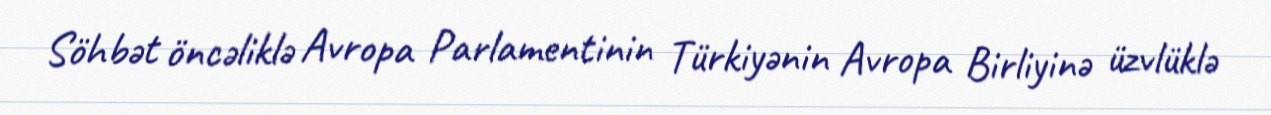
Söhbət öncəliklə Avropa Parlamentinin Türkiyənin Avropa Birliyinə üzvlüklə